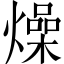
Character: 燥